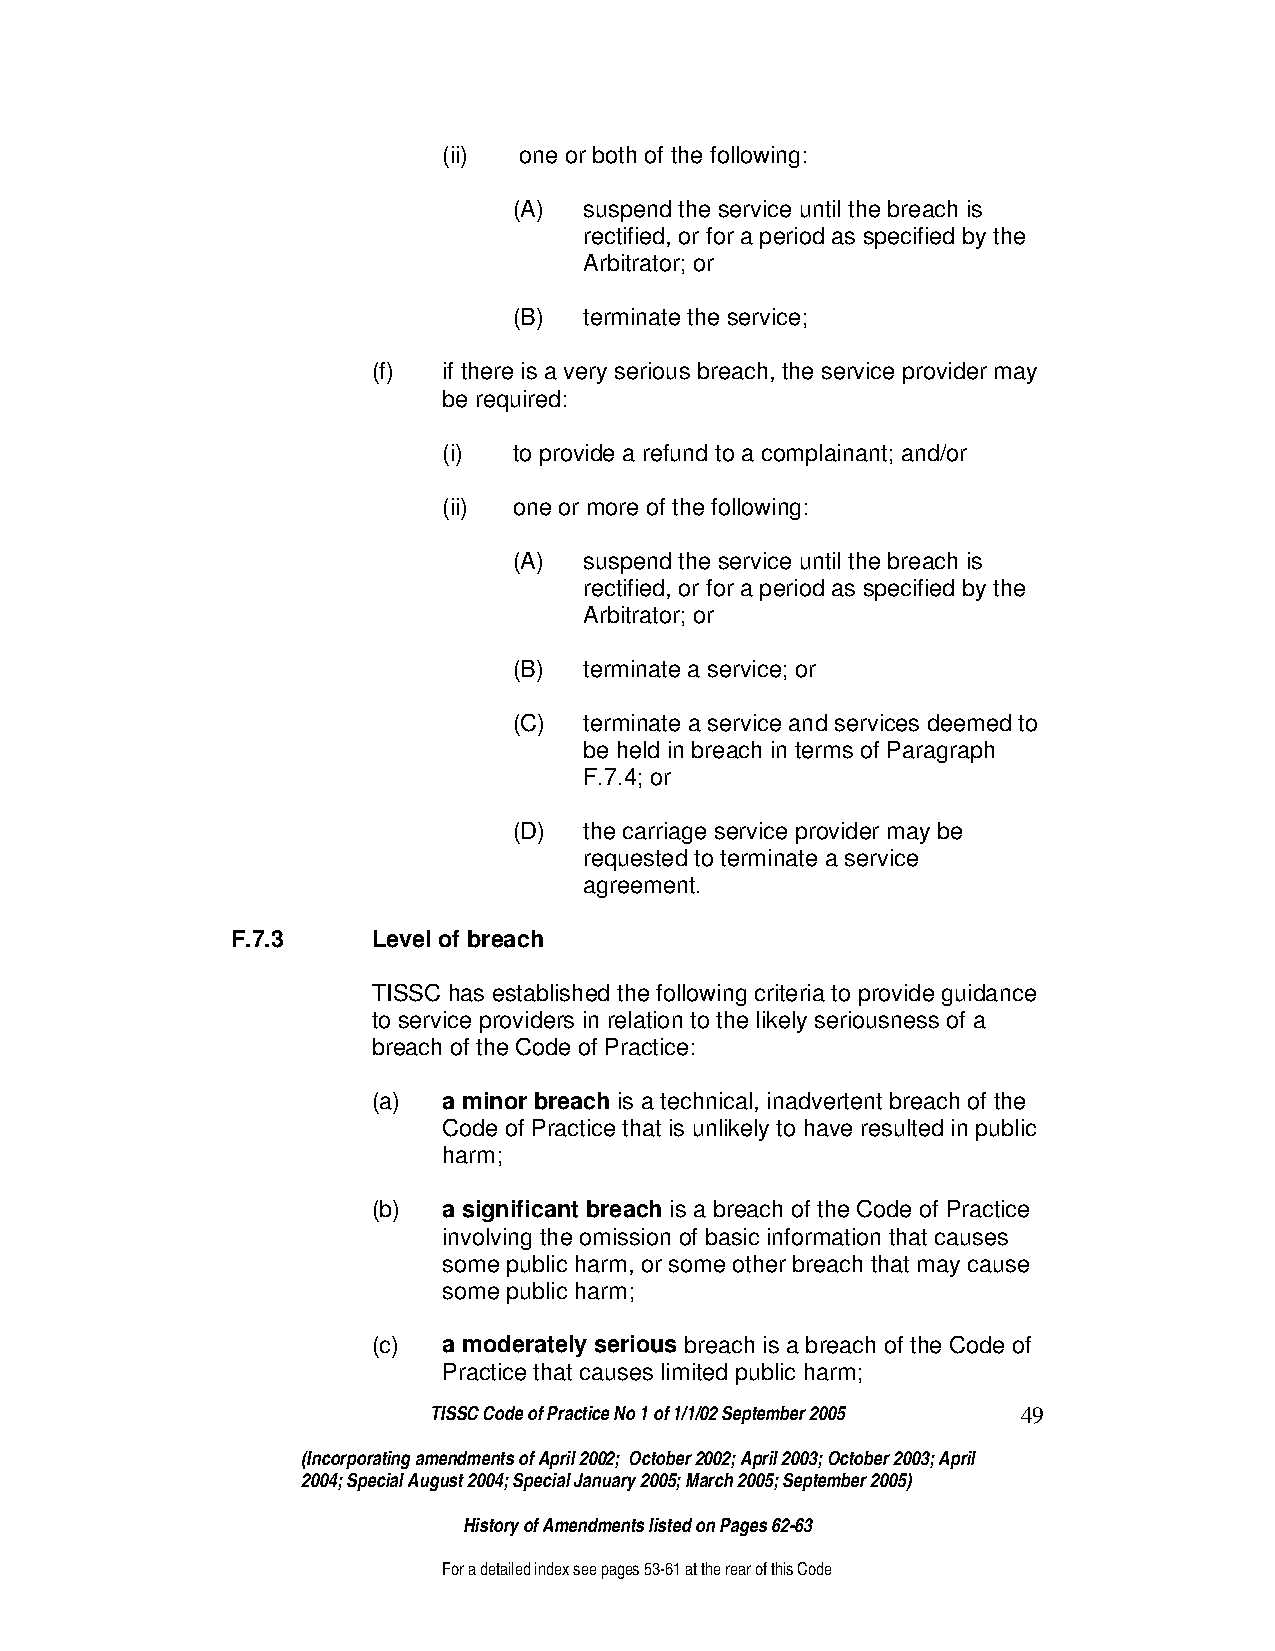
(ii) one or both of the following:
 (A)  suspend the service until the breach is
 rectified, or for a period as specified by the
 Arbitrator; or
 (B)  terminate the service;
 (f) if there is a very serious breach, the service provider may
 be required:
 (i)  to provide a refund to a complainant; and/or
 (ii) one or more of the following:
 (A)  suspend the service until the breach is
 rectified, or for a period as specified by the
 Arbitrator; or
 (B)  terminate a service; or
 (C)  terminate a service and services deemed to
 be held in breach in terms of Paragraph
 F.7.4; or
 (D)  the carriage service provider may be
 requested to terminate a service
 agreement.
 F.7.3     Level of breach
 TISSC has established the following criteria to provide guidance
 to service providers in relation to the likely seriousness of a
 breach of the Code of Practice:
 (a) a minor breach is a technical, inadvertent breach of the
 Code of Practice that is unlikely to have resulted in public
 harm;
 (b) a significant breach is a breach of the Code of Practice
 involving the omission of basic information that causes
 some public harm, or some other breach that may cause
 some public harm;
 (c) a moderately serious breach is a breach of the Code of
 Practice that causes limited public harm;
 TISSC Code of Practice No 1 of 1/1/02 September 2005 49
 (Incorporating amendments of April 2002; October 2002; April 2003; October 2003; April
 2004; Special August 2004; Special January 2005; March 2005; September 2005)
 History of Amendments listed on Pages 62-63
 For a detailed index see pages 53-61 at the rear of this Code